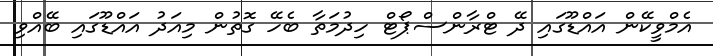
އެމްވީކޭން އައްޑޫގައި ދޭ ޓްރާންސްޕޯޓް ހިދުމަތާ ބެހޭ ގޮތުން މިއަދު އައްޑޫގައި ބޭއްވި